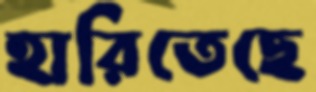
হারিতেছে